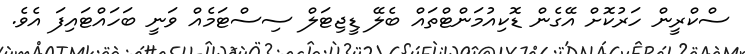
ސްކްރީން ހަރުކޮށް އޭގެން ޑޮކިއުމަންޓްތައް ބެލޭ ޑީޖިޓަލް ސިސްޓަމެއް ވަނީ ބަހައްޓައިފަ އެވެ.